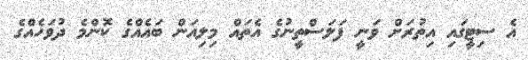
އެ ސިޓީގައި އިތުރަށް ވަނީ ފަލަސްތީނުގެ އެތައް މިލިއަން ބައެއްގެ ކޮންމެ ދުވަހެއްގެ